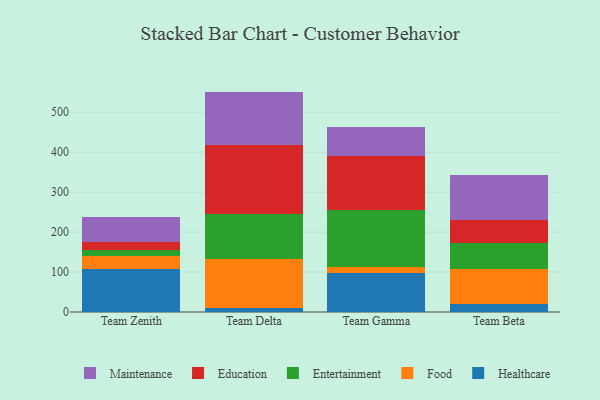
{"axis": {"x": "Team", "y": "Net Income (USD K)"}, "legend": ["Education", "Entertainment", "Food", "Healthcare", "Maintenance"], "data": [{"x": "Team Zenith", "y": 108.0, "type": "Healthcare"}, {"x": "Team Zenith", "y": 31.9, "type": "Food"}, {"x": "Team Zenith", "y": 15.7, "type": "Entertainment"}, {"x": "Team Zenith", "y": 19.9, "type": "Education"}, {"x": "Team Zenith", "y": 62.9, "type": "Maintenance"}, {"x": "Team Delta", "y": 10.4, "type": "Healthcare"}, {"x": "Team Delta", "y": 122.5, "type": "Food"}, {"x": "Team Delta", "y": 113.2, "type": "Entertainment"}, {"x": "Team Delta", "y": 172.8, "type": "Education"}, {"x": "Team Delta", "y": 132.7, "type": "Maintenance"}, {"x": "Team Gamma", "y": 97.6, "type": "Healthcare"}, {"x": "Team Gamma", "y": 13.9, "type": "Food"}, {"x": "Team Gamma", "y": 144.2, "type": "Entertainment"}, {"x": "Team Gamma", "y": 133.8, "type": "Education"}, {"x": "Team Gamma", "y": 74.4, "type": "Maintenance"}, {"x": "Team Beta", "y": 19.0, "type": "Healthcare"}, {"x": "Team Beta", "y": 87.6, "type": "Food"}, {"x": "Team Beta", "y": 66.9, "type": "Entertainment"}, {"x": "Team Beta", "y": 56.1, "type": "Education"}, {"x": "Team Beta", "y": 113.5, "type": "Maintenance"}]}